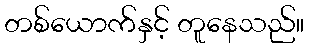
တစ်ယောက်နှင့် တူနေသည်။